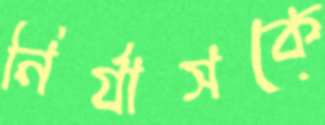
নির্যাসকে